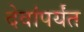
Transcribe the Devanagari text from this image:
देवांपर्यंत